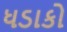
ધડાકો